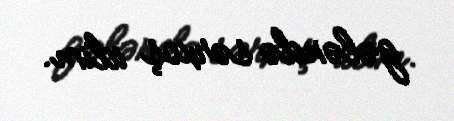
gələndə sərxoş idim.